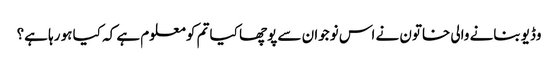
وڈیو بنانے والی خاتون نے اس نوجوان سے پوچھا کیا تم کو معلوم ہے کہ کیا ہو رہا ہے؟